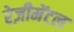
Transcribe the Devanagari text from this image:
रेज़ीमेंटल